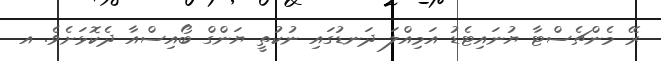
ރޭ މެންޗެސްޓާ ޔުނައިޓެޑު އަމިއްލަ ދަނޑުގައި ނުކުތީ ޔަންގް ބޯއިސްއާ ދެކޮޅަށެވެ. އ